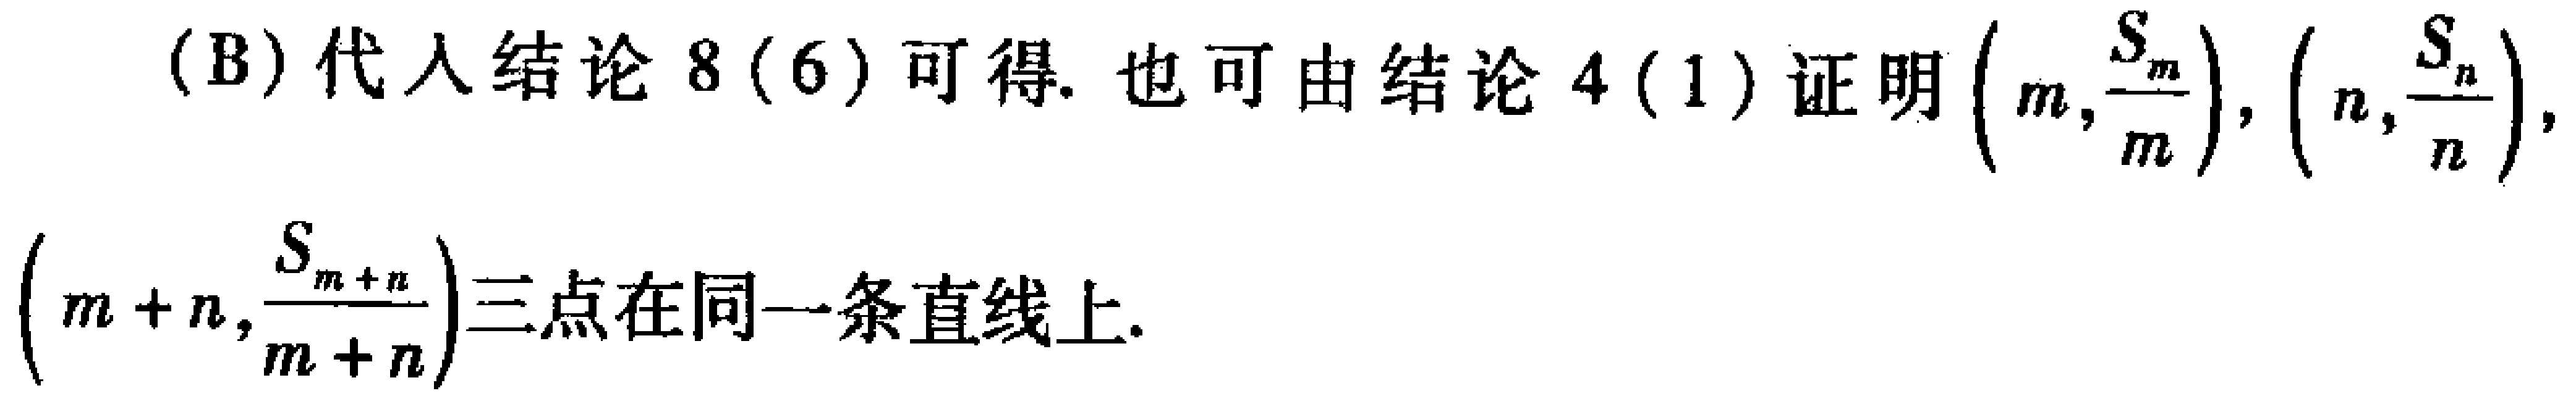
(B) 代入结论 8(6) 可得. 也可由结论 4(1) 证明 \((m,\frac{S_{m}}{m})\), \((n,\frac{S_{n}}{n})\), \((m + n,\frac{S_{m + n}}{m + n})\)三点在同一条直线上.